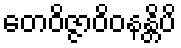
တေဝိဇ္ဇာဝိဝနန္တိပိ